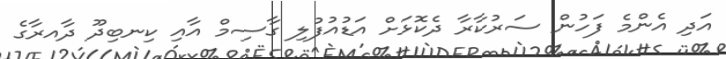
އަދި އެންމެ ފަހުން ސަރުކާރާ ދެކޮޅަށް އަޑުއުފުލި ގާސިމް އާއި ކިނބިދޫ ދާއރާގެ